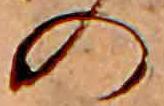
の